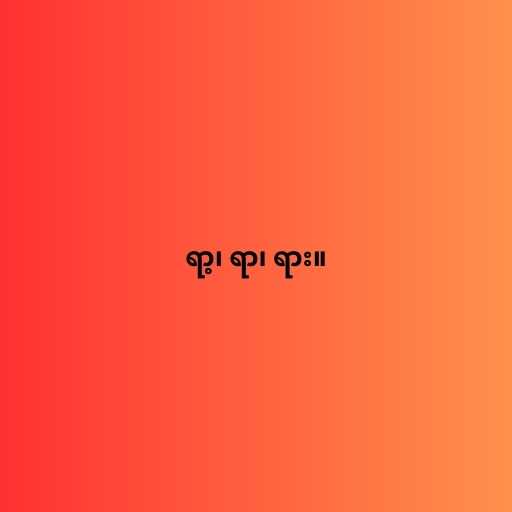
ရာ့၊ ရာ၊ ရား။